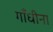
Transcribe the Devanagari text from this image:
गाँधीना